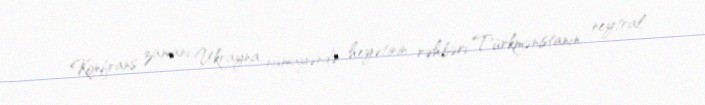
Konfrans zamanı Ukrayna nümayəndə heyətinin rəhbəri Türkmənistanın neytral